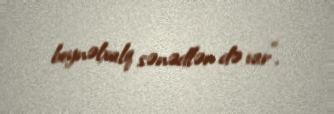
beynəlxalq sənədlər də var”.